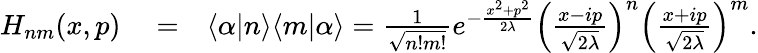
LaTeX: \begin{array}{rlr}{H_{nm}(x,p)}&{{}=}&{\langle\alpha|n\rangle\langle m|\alpha\rangle=\frac{1}{\sqrt{n!m!}}e^{-\frac{x^{2}+p^{2}}{2\lambda}}\Big(\frac{x-ip}{\sqrt{2\lambda}}\Big)^{n}\Big(\frac{x+ip}{\sqrt{2\lambda}}\Big)^{m}.}\end{array}